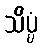
သိပ္ပံ